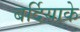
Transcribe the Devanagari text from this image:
बर्दियाके